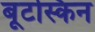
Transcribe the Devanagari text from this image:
बूटस्किन